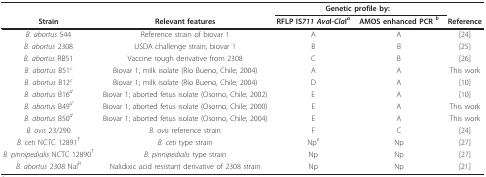
|  |  | <COLSPAN=2> Genetic profile by: |  |
 | Strain | Relevant features | RFLP IS711 AvaI-ClaIa | AMOS enhanced PCR b | Reference |
 | --- | --- | --- | --- | --- |
 | B. abortus 544 | Reference strain of biovar 1 | A | A | [24] |
 | B. abortus 2308 | USDA challenge strain; biovar 1 | B | B | [25] |
 | B. abortus RB51 | Vaccine rough derivative from 2308 | C | B | [26] |
 | B. abortus B51c | Biovar 1; milk isolate (Río Bueno, Chile; 2004) | A | A | This work |
 | B. abortus B12c | Biovar 1; milk isolate (Río Bueno, Chile; 2004) | D | A | [10] |
 | B. abortus B16d | Biovar 1; aborted fetus isolate (Osorno, Chile; 2002) | E | A | [10] |
 | B. abortus B49d | Biovar 1; aborted fetus isolate (Osorno, Chile; 2000) | E | A | This work |
 | B. abortus B50d | Biovar 1; aborted fetus isolate (Osorno, Chile; 2004) | E | A | This work |
 | B. ovis 23/290 | B. ovis reference strain | F | C | [24] |
 | B. ceti NCTC 12891T | B. ceti type strain | Npe | Np | [27] |
 | B. pinnipedialis NCTC 12890T | B. pinnipedialis type strain | Np | Np | [27] |
 | B. abortus 2308 NalR | Nalidixic acid resistant derivative of 2308 strain | Np | Np | [21] |